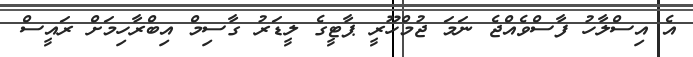
އެ އިސްލާހު ފާސްވެއްޖެ ނަމަ ޖުމްހޫރީ ޕާޓީގެ ލީޑަރު ގާސިމް އިބްރާހިމަށް ރައީސް